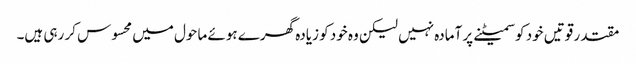
مقتدر قوتیں خود کو سمیٹنے پر آمادہ نہیں لیکن وہ خود کو زیادہ گھرے ہوئے ماحول میں محسوس کر رہی ہیں۔